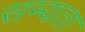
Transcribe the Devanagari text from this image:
सम्यता